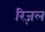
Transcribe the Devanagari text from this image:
रिज़ल